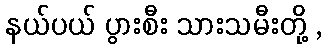
နယ်ပယ် ပွားစီး သားသမီးတို့ ,